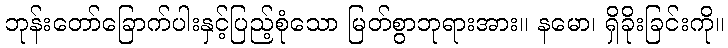
ဘုန်းတော်ခြောက်ပါးနှင့်ပြည့်စုံသော မြတ်စွာဘုရားအား။ နမော၊ ရှိခိုးခြင်းကို။